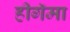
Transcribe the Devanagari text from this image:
हीगॅमा